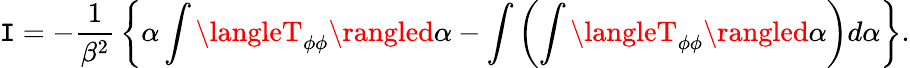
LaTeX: \mathtt{I}=-{\frac{{1}}{{\beta^{2}}}}\left\{ {\alpha\int\langleT_{\phi\phi}\rangled\alpha}-{\int\left(\int\langleT_{\phi\phi}\rangled\alpha\right)d\alpha}\right\} .